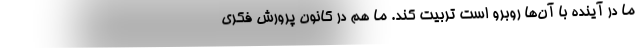
ما در آینده با آن‌ها روبرو است تربیت کند. ما هم در کانون پرورش فکری